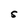
Character: S